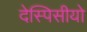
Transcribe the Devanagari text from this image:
देस्पिसीयो